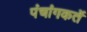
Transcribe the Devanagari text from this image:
पंचांगकर्ते